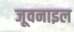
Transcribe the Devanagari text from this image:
जूवनाइल